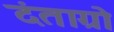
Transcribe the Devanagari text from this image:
दंताग्रो